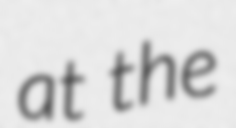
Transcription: at the